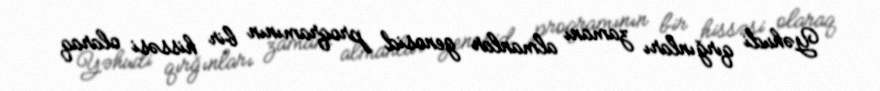
Yəhudi qırğınları zamanı almanlar genosid proqramının bir hissəsi olaraq